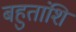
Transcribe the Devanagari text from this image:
बहुतांशि